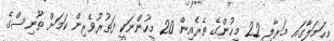
މިޙަމަލާގައި މަރާލި 22 މީހުންގެ ތެރެއިން 20 މީހުންނަކީ ފަތުރުވެރިން ކަމަށް ތޫނިސްގެ